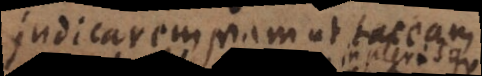
judicarem, nam ut taceam